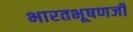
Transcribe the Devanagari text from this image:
भारतभूषणजी